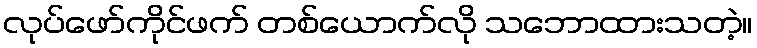
လုပ်ဖော်ကိုင်ဖက် တစ်ယောက်လို သဘောထားသတဲ့။